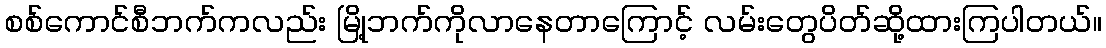
စစ်ကောင်စီဘက်ကလည်း မြို့ဘက်ကိုလာနေတာကြောင့် လမ်းတွေပိတ်ဆို့ထားကြပါတယ်။